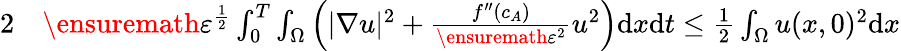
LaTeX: \begin{array}{rl}{{2}}&{{}\ensuremath{\varepsilon}^{\frac{1}{2}}\int_{0}^{T}\int_{\Omega}\left(|\nabla u|^{2}+\frac{f^{\prime\prime}(c_{A})}{\ensuremath{\varepsilon}^{2}}u^{2}\right)\mathrm{d}x\mathrm{d}t\leq\frac{1}{2}\int_{\Omega}u(x,0)^{2}\mathrm{d}x}\end{array}